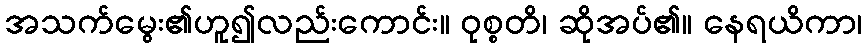
အသက်မွေး၏ဟူ၍လည်းကောင်း။ ဝုစ္စတိ၊ ဆိုအပ်၏။ နေရယိကာ၊